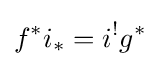
f^{*}i_{*}=i^{!}g^{*}